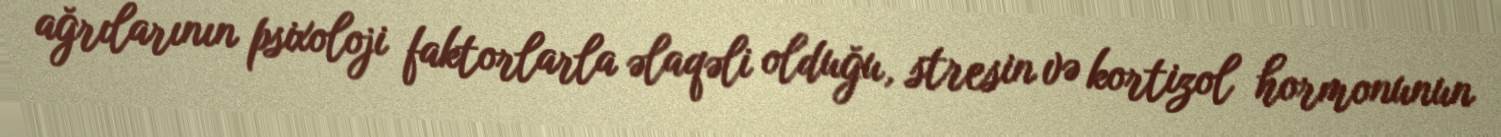
ağrılarının psixoloji faktorlarla əlaqəli olduğu, stresin və kortizol hormonunun